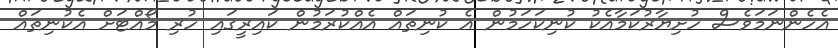
އެހެންނަމަވެސް ހުށިޔާރުކަމާއެކު ކުނިކަހަމުން އެ ކުނިތައް އެއްކުރަމުން ކައިރީގައި ހުރި މޯއްޓަށް އެކުނިތައް